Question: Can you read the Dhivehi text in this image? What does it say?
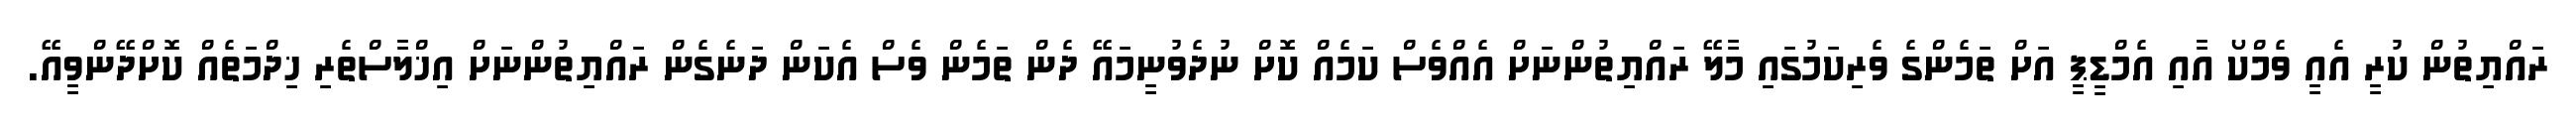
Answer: ރައްޔިތުން ކުރީ އެއީ ވެމްކޯ އާއި އެމްޑީޕީ އަށް ތަމެންގެ ވެރިކަމުގައި މާލޭ ރައްޔިތުންނަށް އެއްވެސް ކަމެއް ކޮށް ނުދެވުނީމައޭ ދެން ތަމެން ވެސް އެކަން ދަނެގެން ރައްޔިތުންނަށް އިޚްލާސްތެރި ޚިދްމަތެއް ކޮށްދޭންވީއޭ.